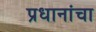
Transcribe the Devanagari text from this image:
प्रधानांचा